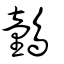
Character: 䴀